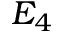
E _ { 4 }